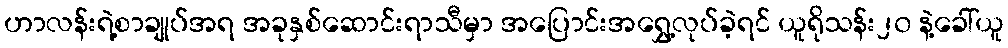
ဟာလန်းရဲ့စာချုပ်အရ အခုနှစ်ဆောင်းရာသီမှာ အပြောင်းအရွှေ့လုပ်ခဲ့ရင် ယူရိုသန်း၂၀ နဲ့ခေါ်ယူ